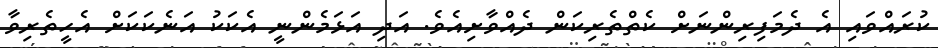
ކުރައްވައި އެ ދެމަފިރިންނަށް ކެތްތެރިކަން ދެއްވާށިއެވެ. އަދި އަޅަމެންނީ އެކަކު އަނެކަކަށް އެހީތެރިވާ